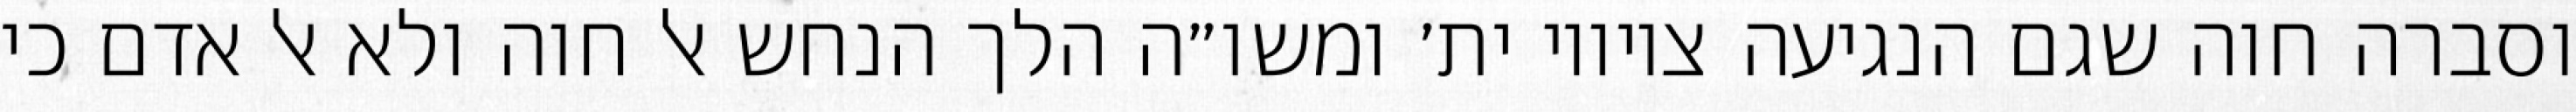
וסברה חוה שגם הנגיעה ציוויו ית׳ ומשו״ה הלך הנחש אל חוה ולא אל אדם כי